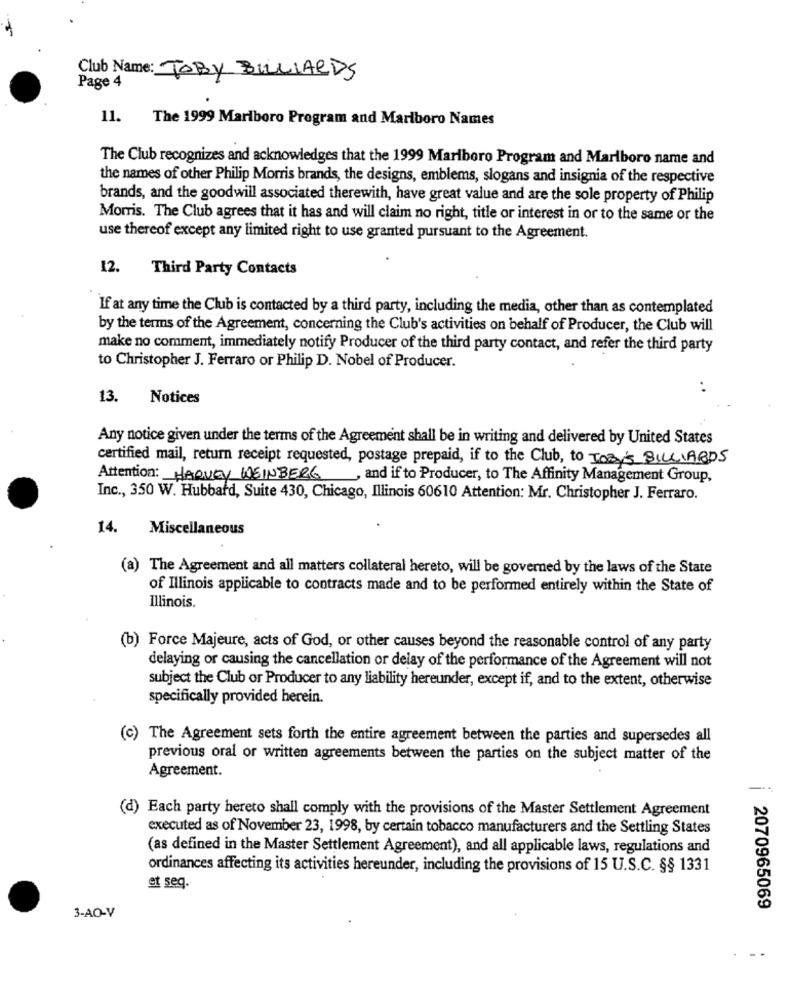
Club Name: TOBY BILLIARDS
Page 4
11. The 1999 Marlboro Program and Marlboro Names
The Club recognizes and acknowledges that the 1999 Marlboro Program and Marlboro name and
the names of other Philip Morris brands, the designs, emblems, slogans and insignia of the respective
brands, and the goodwill associated therewith, have great value and are the sole property of Philip
Morris. The Club agrees that it has and will claim no right, title or interest in or to the same or the
use thereof except any limited right to use granted pursuant to the Agreement.
12.
Third Party Contacts
If at any time the Club is contacted by a third party, including the media, other than as contemplated
by the terms of the Agreement, concerning the Club's activities on behalf of Producer, the Club will
make no comment, immediately notify Producer of the third party contact, and refer the third party
to Christopher J. Ferraro or Philip D. Nobel of Producer.
. .
13.
Notices
Any notice given under the terms of the Agreement shall be in writing and delivered by United States
certified mail, return receipt requested, postage prepaid, if to the Club, to ToBy's BILLIARDS
Attention: HARVEY WEINBERG, and if to Producer, to The Affinity Management Group,
Inc ., 350 W. Hubbard, Suite 430, Chicago, Illinois 60610 Attention: Mr. Christopher J. Ferraro.
14.
Miscellaneous
(a) The Agreement and all matters collateral hereto, will be governed by the laws of the State
of Illinois applicable to contracts made and to be performed entirely within the State of
Illinois.
(b) Force Majeure, acts of God, or other causes beyond the reasonable control of any party
delaying or causing the cancellation or delay of the performance of the Agreement will not
subject the Club or Producer to any liability hereunder, except if, and to the extent, otherwise
specifically provided herein.
(c) The Agreement sets forth the entire agreement between the parties and supersedes all
previous oral or written agreements between the parties on the subject matter of the
Agreement.
(d) Each party hereto shall comply with the provisions of the Master Settlement Agreement
executed as of November 23, 1998, by certain tobacco manufacturers and the Settling States
(as defined in the Master Settlement Agreement), and all applicable laws, regulations and
ordinances affecting its activities hereunder, including the provisions of 15 U.S.C. §§ 1331
et seg
2070965069
3-AO-V